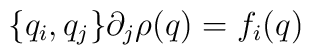
\{q_i, q_j\} \partial_j \rho(q) =  f_i(q)